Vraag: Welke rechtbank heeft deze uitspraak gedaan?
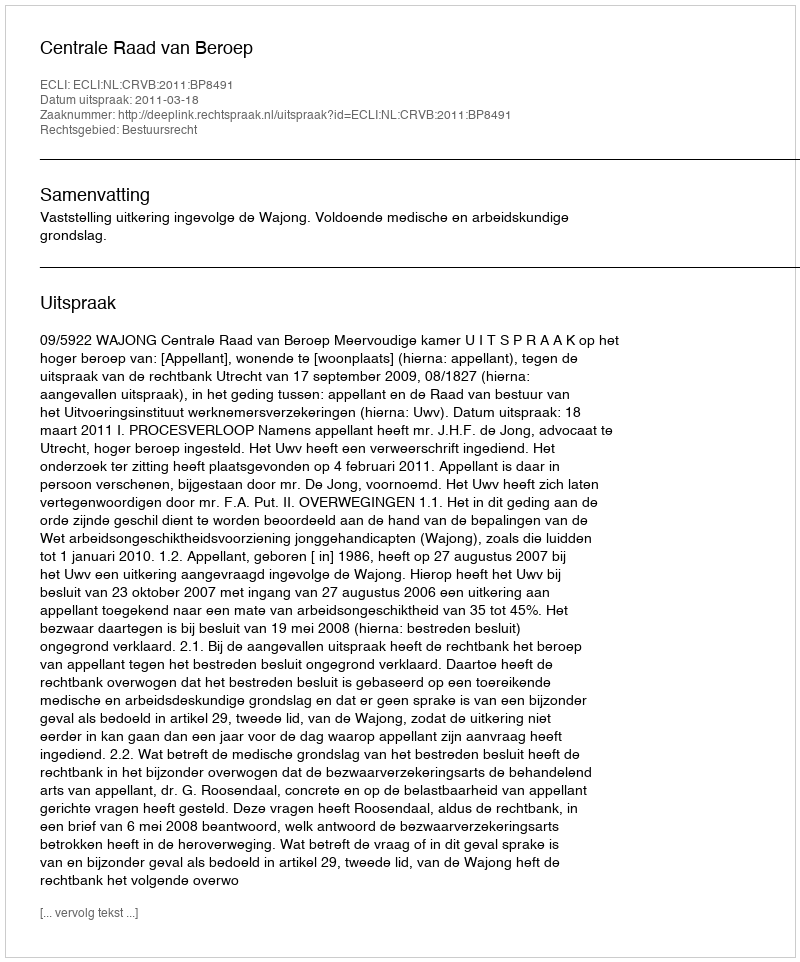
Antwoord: Centrale Raad van Beroep